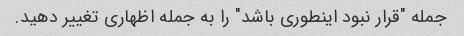
جمله "قرار نبود اینطوری باشد" را به جمله اظهاری تغییر دهید.